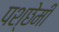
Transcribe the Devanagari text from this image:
पश्छेमी